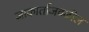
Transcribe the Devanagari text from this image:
जाकार्ताजवळील